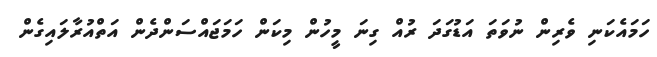
ހަމައެކަނި ވެރިން ނުވަތަ އަޑުގަދަ ރުއް ގިނަ މީހުން މިކަން ހަމަޖައްސަންދެން އަތްއުރާލައިގެން